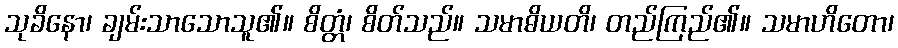
သုခိနော၊ ချမ်းသာသောသူ၏။ စိတ္တံ၊ စိတ်သည်။ သမာဓိယတိ၊ တည်ကြည်၏။ သမာဟိတော၊